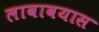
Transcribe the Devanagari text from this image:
लावावयास